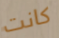
كانت